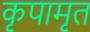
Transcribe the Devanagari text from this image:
कृपामृत